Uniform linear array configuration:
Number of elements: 8
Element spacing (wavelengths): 0.75
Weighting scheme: blackman
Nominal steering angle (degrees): -45
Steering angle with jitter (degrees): -46.149
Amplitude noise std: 0.05
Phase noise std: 0.05

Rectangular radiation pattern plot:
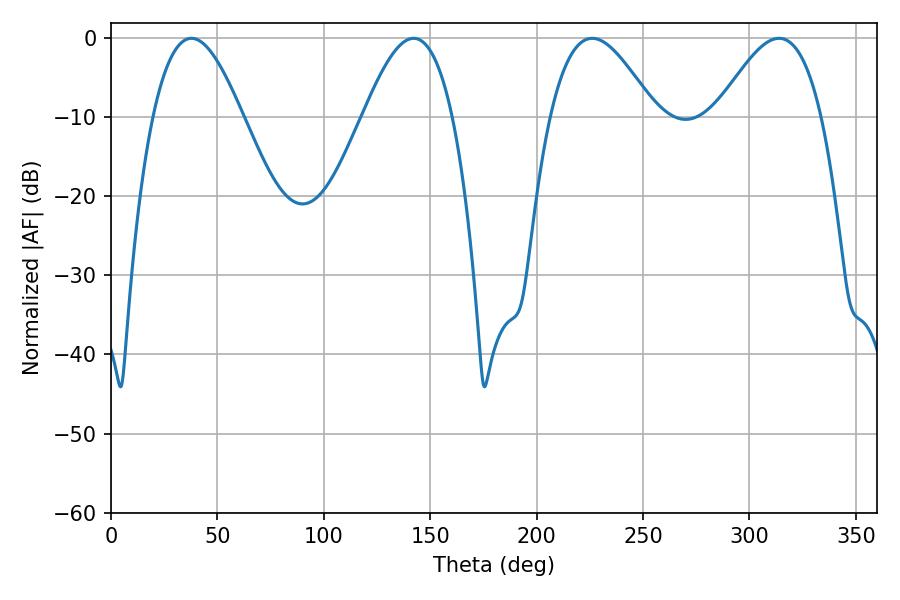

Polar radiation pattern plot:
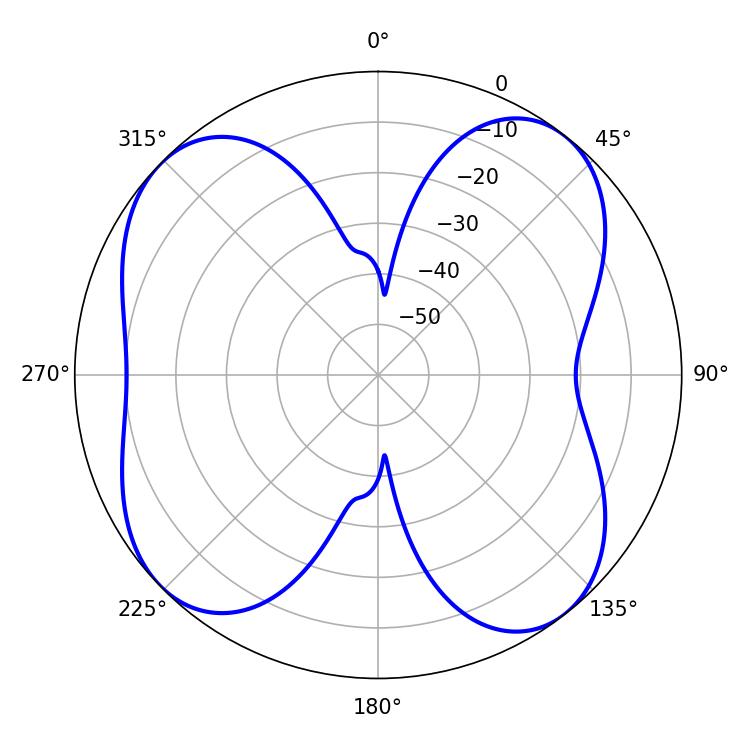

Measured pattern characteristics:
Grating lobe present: TRUE
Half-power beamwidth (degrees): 22.68
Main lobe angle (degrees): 37.8